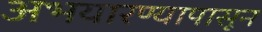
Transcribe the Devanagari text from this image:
अभयारण्यापासून